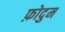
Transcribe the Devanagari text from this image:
फ़ोदुम